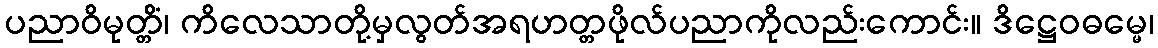
ပညာဝိမုတ္တိံ၊ ကိလေသာတို့မှလွတ်အရဟတ္တဖိုလ်ပညာကိုလည်းကောင်း။ ဒိဋ္ဌေဝဓမ္မေ၊